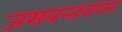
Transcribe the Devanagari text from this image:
जसवन्तनगर